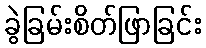
ခွဲခြမ်းစိတ်ဖြာခြင်း